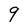
Character: 9